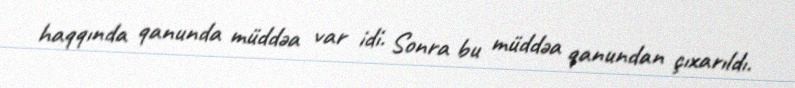
haqqında qanunda müddəa var idi. Sonra bu müddəa qanundan çıxarıldı.